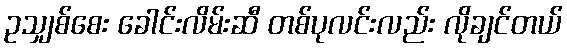
ဥသျှစ်စေး ခေါင်းလိမ်းဆီ တစ်ပုလင်းလည်း လိုချင်တယ်